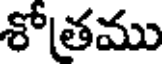
శోతము